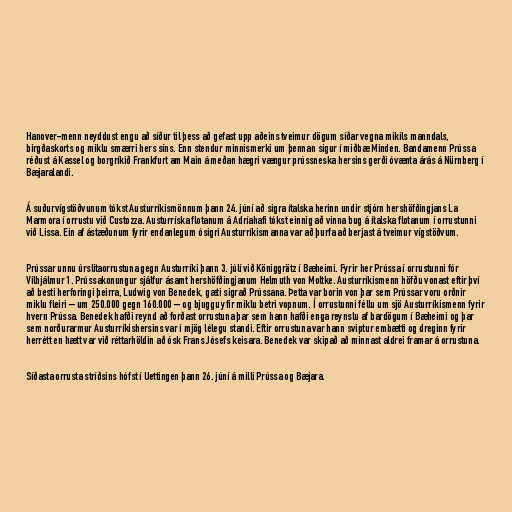
Hanover-menn neyddust engu að síður til þess að gefast upp aðeins tveimur dögum síðar vegna mikils manndals,
birgðaskorts og miklu smærri hers síns. Enn stendur minnismerki um þennan sigur í miðbæ Minden. Bandamenn Prússa
réðust á Kassel og borgríkið Frankfurt am Main á meðan hægri vængur prússneska hersins gerði óvænta árás á Nürnberg í
Bæjaralandi.

Á suðurvígstöðvunum tókst Austurríkismönnum þann 24. júní að sigra ítalska herinn undir stjórn hershöfðingjans La
Marmora í orrustu við Custozza. Austurríska flotanum á Adríahafi tókst einnig að vinna bug á ítalska flotanum í orrustunni
við Lissa. Ein af ástæðunum fyrir endanlegum ósigri Austurríkismanna var að þurfa að berjast á tveimur vígstöðvum.

Prússar unnu úrslitaorrustuna gegn Austurríki þann 3. júlí við Königgrätz í Bæheimi. Fyrir her Prússa í orrustunni fór
Vilhjálmur 1. Prússakonungur sjálfur ásamt hershöfðingjanum Helmuth von Moltke. Austurríkismenn höfðu vonast eftir því
að besti herforingi þeirra, Ludwig von Benedek, gæti sigrað Prússana. Þetta var borin von þar sem Prússar voru orðnir
miklu fleiri – um 250.000 gegn 160.000 – og bjuggu yfir miklu betri vopnum. Í orrustunni féllu um sjö Austurríkismenn fyrir
hvern Prússa. Benedek hafði reynd að forðast orrustuna þar sem hann hafði enga reynslu af bardögum í Bæheimi og þar
sem norðurarmur Austurríkishersins var í mjög lélegu standi. Eftir orrustuna var hann sviptur embætti og dreginn fyrir
herrétt en hætt var við réttarhöldin að ósk Frans Jósefs keisara. Benedek var skipað að minnast aldrei framar á orrustuna.

Síðasta orrusta stríðsins hófst í Uettingen þann 26. júní á milli Prússa og Bæjara.